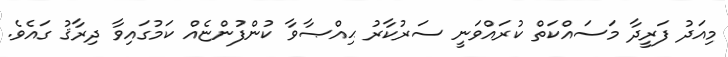
މިއަދު ފަރީދާ މަސައްކަތް ކުރައްވަނީ ސަރުކާރު ޙިއްޞާވާ ކުންފުންޏެއް ކަމުގައިވާ ދިރާޤު ގައެވެ.